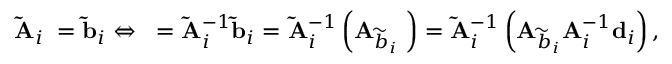
\mathbf { \widetilde { A } } _ { i } { \mathbf \beta } = \mathbf { \widetilde { b } } _ { i } \Leftrightarrow { \mathbf \beta } = \mathbf { \widetilde { A } } _ { i } ^ { - 1 } \mathbf { \widetilde { b } } _ { i } = \mathbf { \widetilde { A } } _ { i } ^ { - 1 } \left( \mathbf { A } _ { \widetilde { b } _ { i } } { \mathbf \alpha } \right) = \mathbf { \widetilde { A } } _ { i } ^ { - 1 } \left( \mathbf { A } _ { \widetilde { b } _ { i } } \mathbf { A } _ { i } ^ { - 1 } \mathbf { d } _ { i } \right) ,